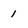
Character: 1